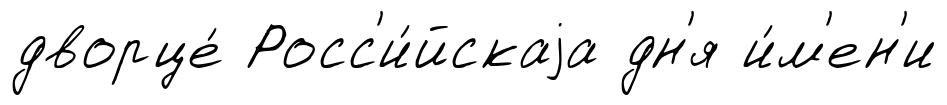
дворце́ Росс'и́йскаjа дн'я и́м'ен'и